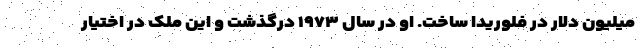
میلیون دلار در فلوریدا ساخت. او در سال ۱۹۷۳ درگذشت و این ملک در اختیار